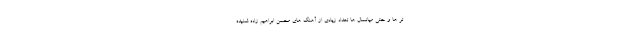
تر ها و حتی میانسال ها تعداد زیادی از آهنگ های محسن ابراهیم زاده شنیده